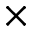
\times